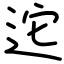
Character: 迱